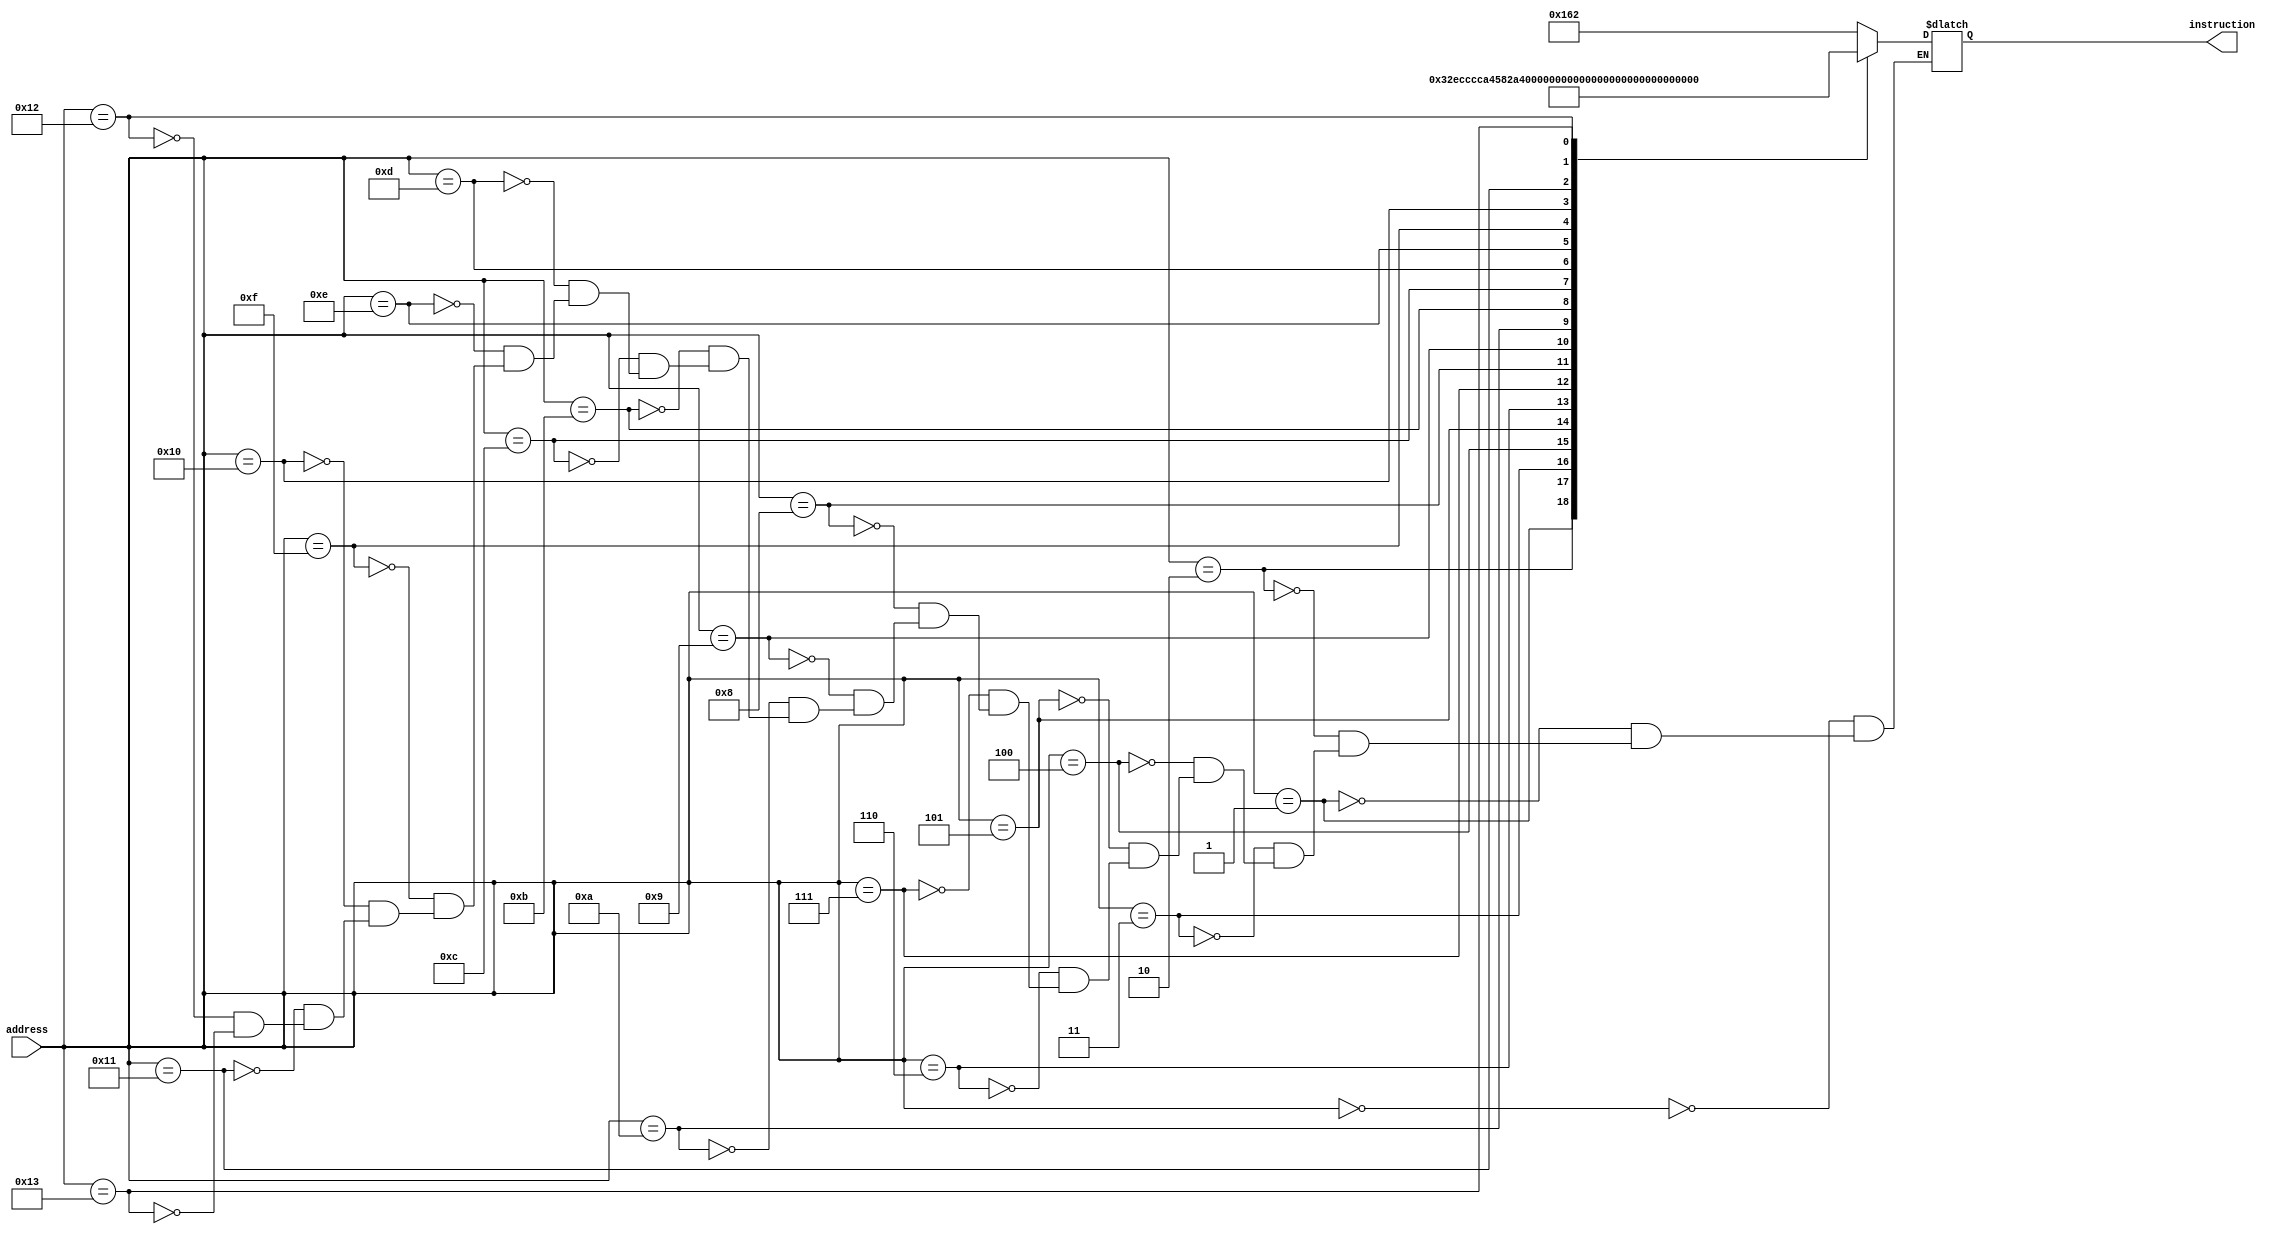
module instruction_rom_prog1
(
    input [7:0] address,
    output [8:0] instruction
);

    reg [8:0]  instruction_out;

    always @ (address) begin
        case (address)
        
            0:  instruction_out = 9'b1011_0_0010;    // shg 0, 0010      # start at position 32
            1:  instruction_out = 9'b0110_01_011;    // stf $imm, $t2    # $t2 = initial memory pos
            2:  instruction_out = 9'b1011_0_0110;    // shg 0, 0110      # end at position 96
            3:  instruction_out = 9'b0110_01_100;    // stf $imm, $s1    # s1 = 96
            4:  instruction_out = 9'b1010_0_1000;    // slw 0, 1000      # jump address = CheckEntry
            5:  instruction_out = 9'b1011_0_0000;    // shg 0, 0000      # s1 = 96
            6:  instruction_out = 9'b1010_1_0010;    // slw 1, 0010      # branch = +2 (skip next instruction)
            7:  instruction_out = 9'b0110_01_101;    // stf $imm, $s2    # $s2 = jump address

            // CheckEntry
            8:  instruction_out = 9'b0001_01_011;    // ld $imm, $t2     # load next entry to $imm
            9:  instruction_out = 9'b0111_01_100;    // pkr $imm         # check entry with pkr instrc
           10:  instruction_out = 9'b1100_01_000;    // beq $imm, $zero  # skip inc if not a succesful entry
           11:  instruction_out = 9'b0111_10_000;    // inc $t1          # succesful entry
            // CheckAndMoveToNext:
           12:  instruction_out = 9'b0101_01_101;    // stf $imm, $s2    # set imm = jump address
           13:  instruction_out = 9'b0111_11_000;    // inc $t2          # increment memory number
           14:  instruction_out = 9'b1100_11_100;    // be  $t2, $s1
           15:  instruction_out = 9'b1110_01_000;    // jmp $imm
           // End:
           16:  instruction_out = 9'b1010_1_0101;    // slw 1, 0x0101    # set imm = memory where the count of
           17:  instruction_out = 9'b1011_1_0000;    // shg 1, 0x0000    # succesful entries will be stored.
           18:  instruction_out = 9'b0010_10_111;    // st  $t1, $branch
           19:  instruction_out = 9'b0111_00_010;    // halt
           
        endcase
    end

    assign instruction = instruction_out;

endmodule